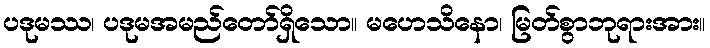
ပဒုမဿ၊ ပဒုမအမည်တော်ရှိသော။ မဟေသိနော၊ မြတ်စွာဘုရားအား။